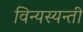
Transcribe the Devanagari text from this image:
विन्यस्यन्ती